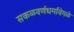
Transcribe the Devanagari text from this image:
सकळवर्णधर्मांवेगळे